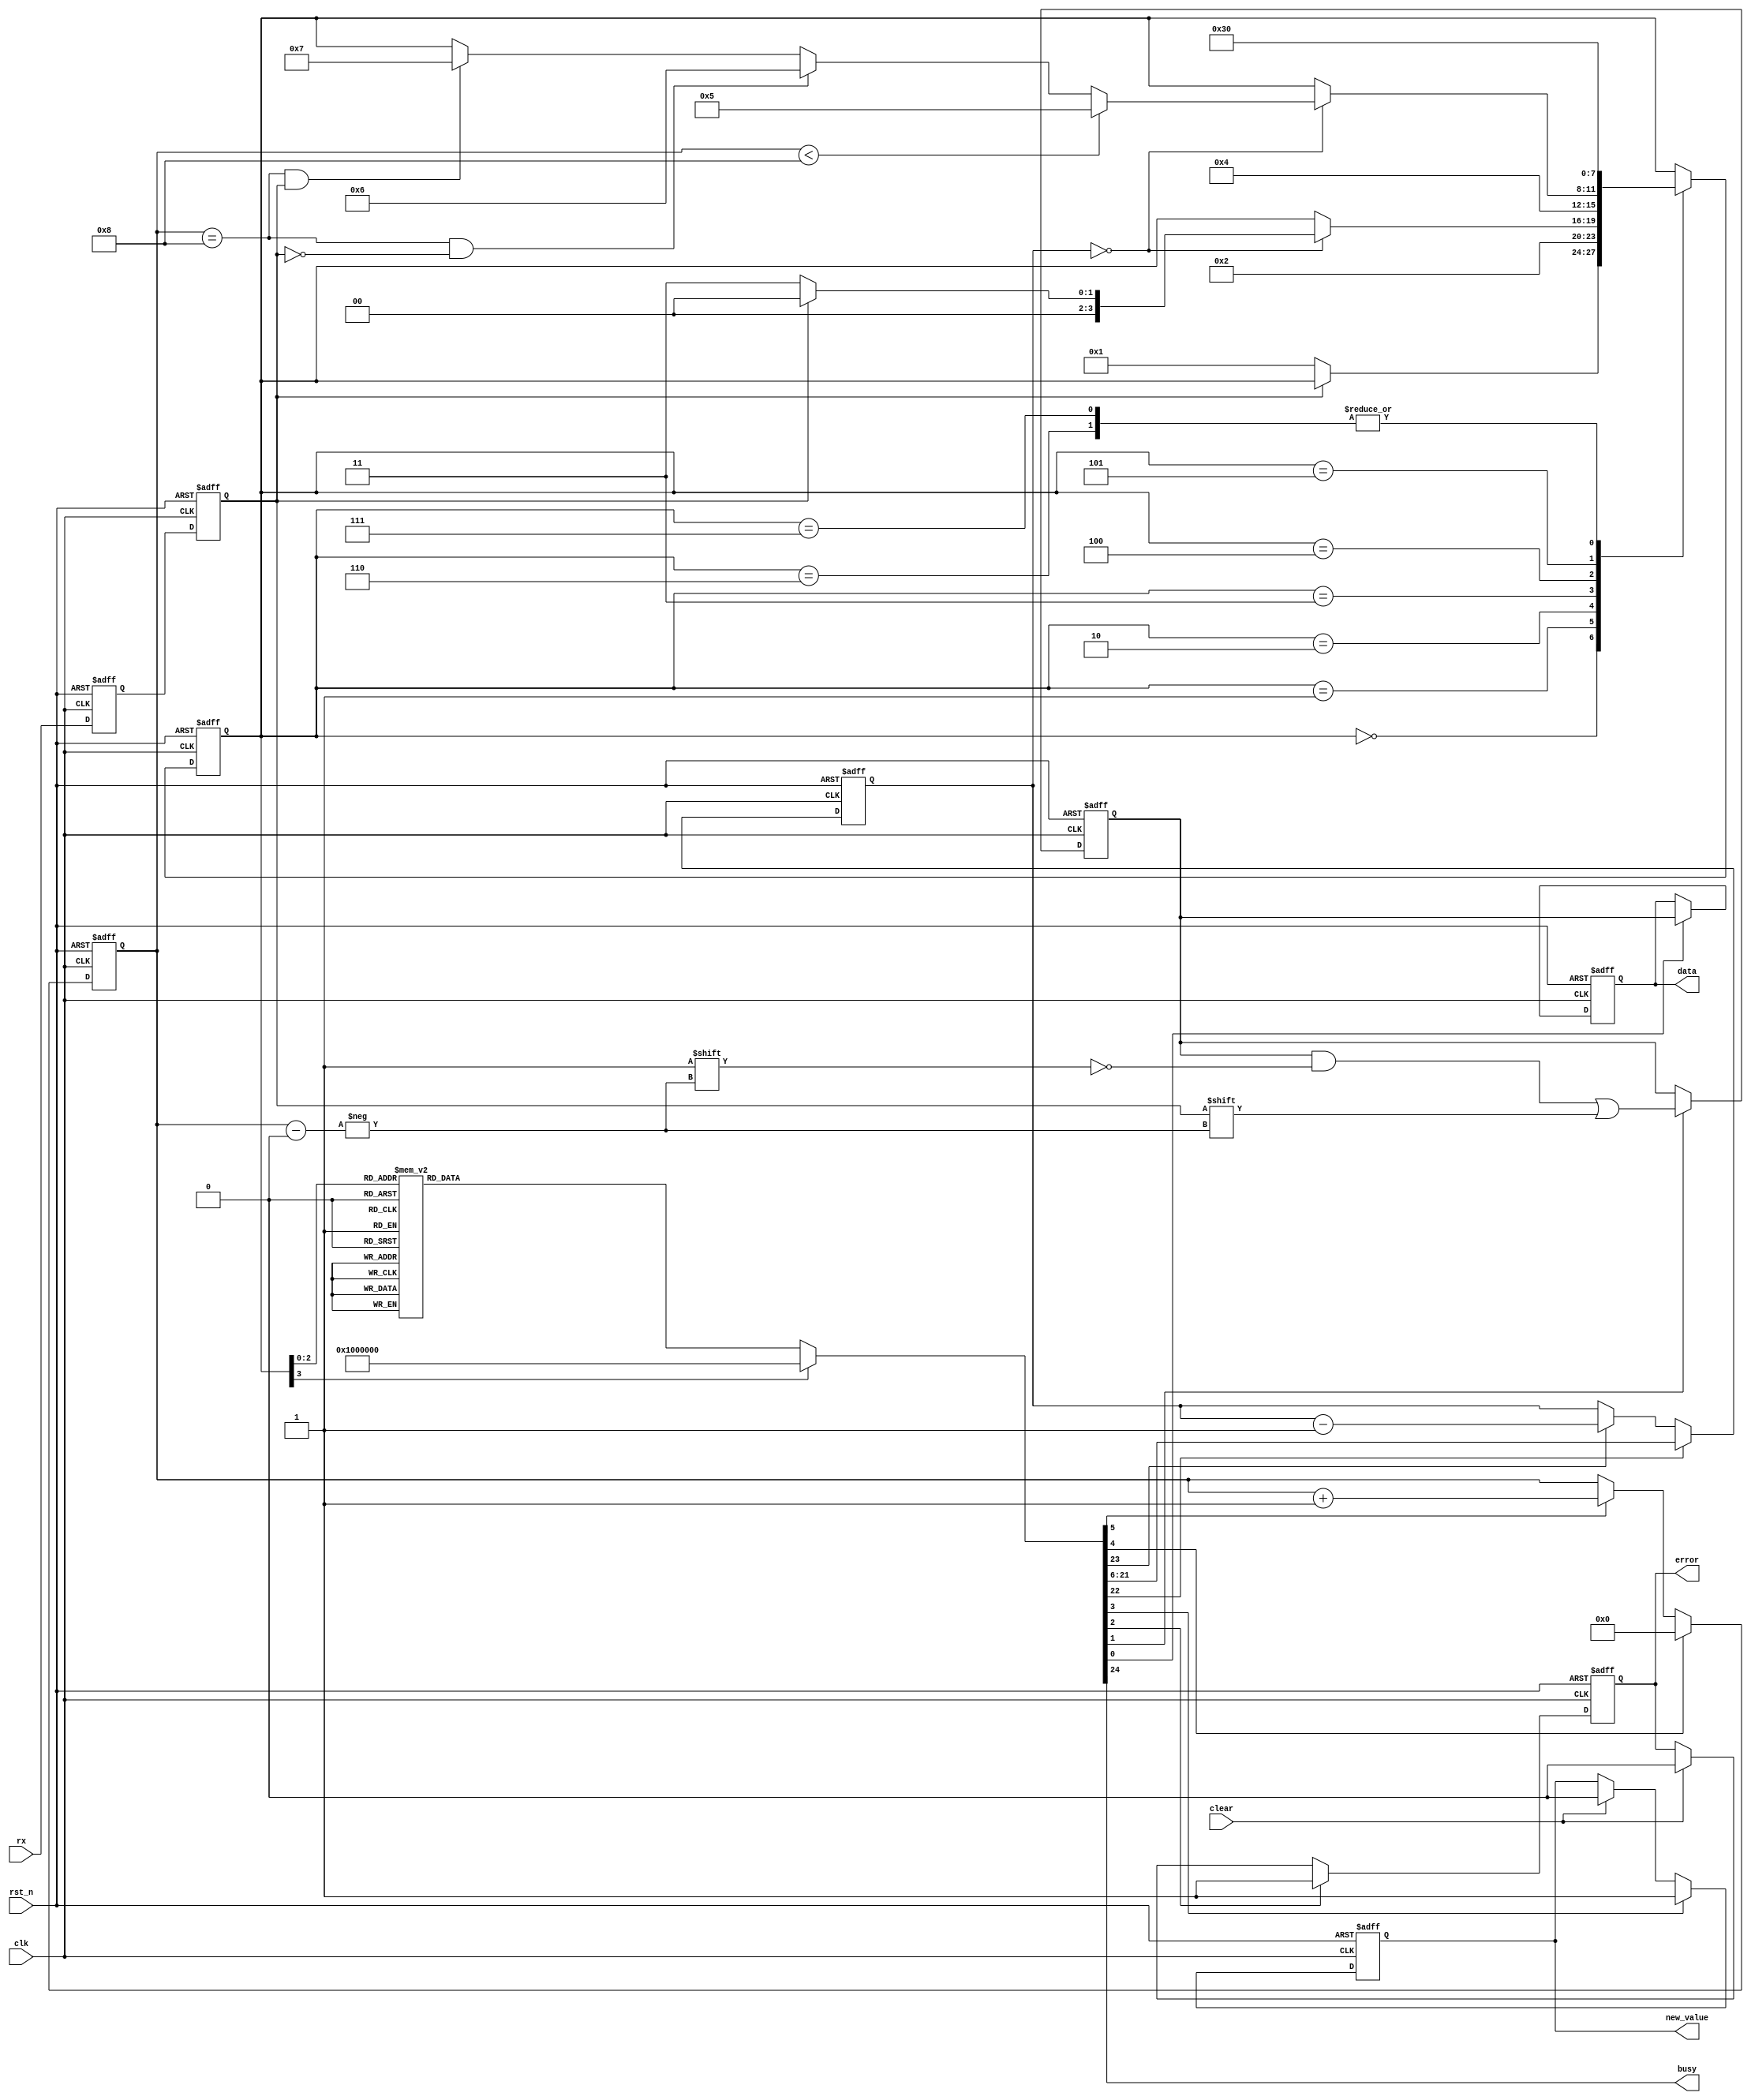
//==============================================================================
// Design name : uart_rx
// Function	   : UART receive only module
//
// Notes: The driving clock frequency must be 8*baudrate to work properly. 
// Receives first the least significative bit.
//==============================================================================

module uart_rx (
    input wire rst_n,
    input wire clk,
    input wire rx,
    input wire clear,
    output reg [7:0] data,   
    output reg busy,
    output reg error,
    output reg new_value
);

parameter  clock_frequency        = 12000000;
parameter  baud_rate              = 9600;

localparam clock_cycles_per_pulse = clock_frequency / baud_rate;

localparam integer 
    WAIT_START_st   = 3'd0,
    INIT_SYNC_START_st  = 3'd1,
    WAIT_SYNC_START_st  = 3'd2,
    INIT_SYNC_st      = 3'd3,
    WAIT_SYNC_st    = 3'd4,
    FETCH_BIT_st    = 3'd5,
    ERROR_st        = 3'd6,
    SUCCESS_st      = 3'd7;

reg [3:0] state, next_state;

reg data_ld;

// rx sync
reg rx_1, rx_synced;

// data shift register
reg [7:0] data_int, data_int_val;
reg data_int_ld;

// error register
reg error_set;
reg new_value_set;

// bit counter
reg [3:0] bit_cnt;
reg bit_cnt_ld, bit_cnt_en;

// sync counter
reg [15:0] sync_cnt, sync_cnt_val;
reg sync_cnt_ld, sync_cnt_en;


// next state
always @(posedge clk, negedge rst_n) begin
    if (!rst_n) begin
        state <= WAIT_START_st;
    end else begin
        state <= next_state;
    end
end

// rx sync
always @(posedge clk, negedge rst_n) begin
    if (!rst_n) begin
        rx_1 <= 1;
        rx_synced <= 1;
    end else begin
        rx_1 <= rx;
        rx_synced <= rx_1;
    end
end

// data and data_int registers
always @(posedge clk, negedge rst_n) begin
    if (!rst_n) begin
        data <= 0;
        data_int <= 0;
    end else begin
        if (data_ld) begin
            data <= data_int;
        end
        if (data_int_ld) begin
            data_int[bit_cnt] <= rx_synced;
        end
    end
end


// new value and error registers
always @(posedge clk, negedge rst_n) begin
    if (!rst_n) begin
        error <= 0;
        new_value <= 0;
    end else begin
        if (clear) begin
            error <= 0;
            new_value <= 0;
        end
        if (new_value_set) begin 
            new_value <= 1;
        end
        if (error_set) begin 
            error <= 1;
        end
    end
end

// sync counter
always @(posedge clk, negedge rst_n) begin
    if (!rst_n) begin
        sync_cnt <= 0;
    end else if (sync_cnt_ld) begin
        sync_cnt <= sync_cnt_val;
    end else if (sync_cnt_en) begin
        sync_cnt <= sync_cnt - 1;
    end
end

// bit counter
always @(posedge clk, negedge rst_n) begin
    if (!rst_n) begin
        bit_cnt <= 0;
    end else if (bit_cnt_ld) begin
        bit_cnt <= 0;
    end else if (bit_cnt_en) begin
        bit_cnt <= bit_cnt + 1;
    end
end


// next state
always @(*) begin
    next_state = state;
    case (state)
        WAIT_START_st:
            if (!rx_synced) begin
                next_state = INIT_SYNC_START_st;
            end

        INIT_SYNC_START_st:
            next_state = WAIT_SYNC_START_st;

        WAIT_SYNC_START_st:
            if (sync_cnt == 0) begin
                if (rx_synced) begin
                    next_state = WAIT_START_st;
                end else begin
                    next_state = INIT_SYNC_st;
                end
            end

        INIT_SYNC_st:
            next_state = WAIT_SYNC_st;
        
        WAIT_SYNC_st:
            if (sync_cnt == 0) begin
                if (bit_cnt < 8) begin
                    next_state = FETCH_BIT_st;
                end else if (bit_cnt == 8 & !rx_synced) begin
                    next_state = ERROR_st;
                end else if (bit_cnt == 8 & rx_synced) begin
                    next_state = SUCCESS_st;
                end
            end

        FETCH_BIT_st:
            next_state = INIT_SYNC_st;

        ERROR_st:
            next_state = WAIT_START_st;

        SUCCESS_st:
            next_state = WAIT_START_st;

    endcase 
end


// output logic
always @(*) begin
    busy = 1;
    data_ld = 0;
    data_int_ld = 0;
    error_set = 0;
    new_value_set = 0;
    bit_cnt_ld = 0;
    bit_cnt_en = 0;
    sync_cnt_val = 0;
    sync_cnt_ld = 0;
    sync_cnt_en = 0;
    
    case (state)
        WAIT_START_st: begin
            busy = 0;
        end
        INIT_SYNC_START_st: begin
            sync_cnt_val = clock_cycles_per_pulse/2; // 1(INIT_SYNC) + 3 = 4 cycles
            sync_cnt_ld = 1;
            bit_cnt_ld = 1;
        end
        WAIT_SYNC_START_st: begin
            sync_cnt_en = 1;
        end
        INIT_SYNC_st: begin
            sync_cnt_val = clock_cycles_per_pulse;  // 6 + 1(FETCH) + 1(INIT_SYNC) = 8 cycles
            sync_cnt_ld = 1;
        end
        WAIT_SYNC_st: begin
            sync_cnt_en = 1;
        end
        FETCH_BIT_st: begin
            bit_cnt_en = 1;
            data_int_ld = 1;
        end
        ERROR_st: begin
            error_set = 1;
        end
        SUCCESS_st: begin
            new_value_set = 1;
            data_ld = 1;
        end
    endcase 
end

endmodule